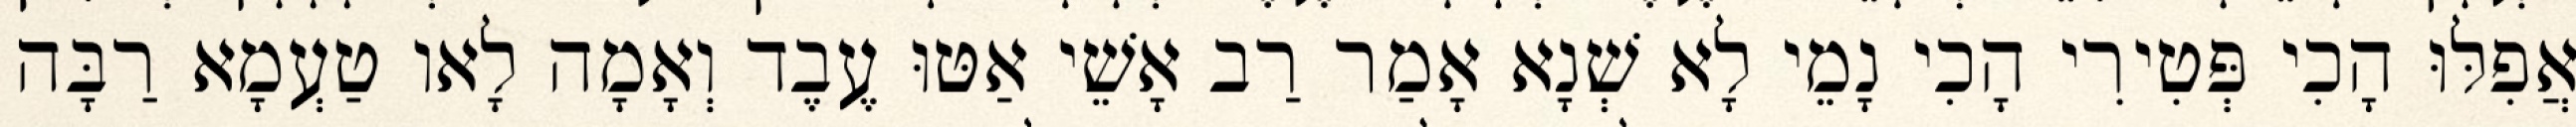
אֲפִלּוּ הָכִי פְּטִירִי הָכִי נָמֵי לָא שְׁנָא אָמַר רַב אָשֵׁי אַטּוּ עֶבֶד וְאָמָה לָאו טַעְמָא רַבָּה